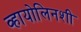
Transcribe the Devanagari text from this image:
व्हायोलिनशी